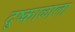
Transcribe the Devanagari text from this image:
दुष्काळाला